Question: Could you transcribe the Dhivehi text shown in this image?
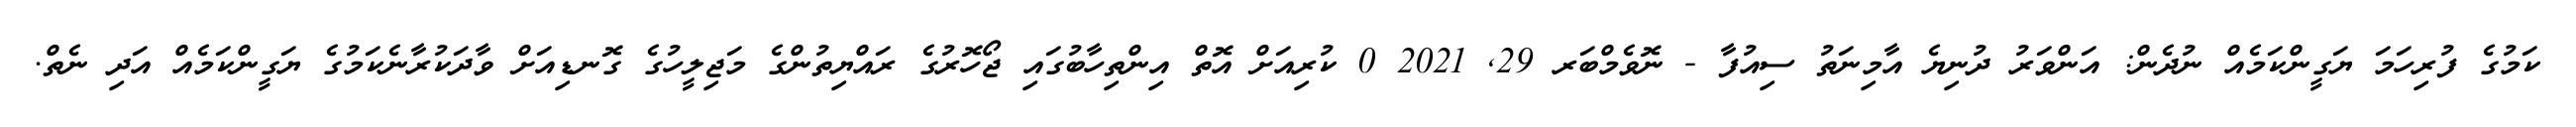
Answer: ކަމުގެ ފުރިހަމަ ޔަގީންކަމެއް ނުދެން: އަންވަރު ދުނިޔެ އާމިނަތު ސިއުފާ - ނޮވެމްބަރ 29, 2021 0 ކުރިއަށް އޮތް އިންތިހާބުގައި ޖޯހޮރުގެ ރައްޔިތުންގެ މަޖިލީހުގެ ގޮނޑިއަށް ވާދަކުރާނެކަމުގެ ޔަގީންކަމެއް އަދި ނެތް.